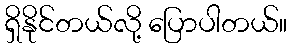
ရှိနိုင်တယ်လို့ ပြောပါတယ်။